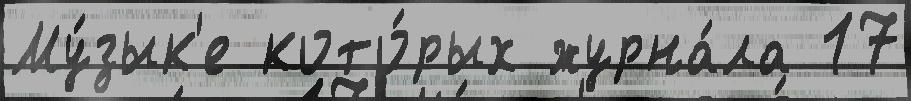
Му́зык'е кото́рых журна́ла 17